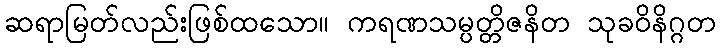
ဆရာမြတ်လည်းဖြစ်ထသော။ ကရဏသမ္ပတ္တိဇနိတ သုခဝိနိဂ္ဂတ